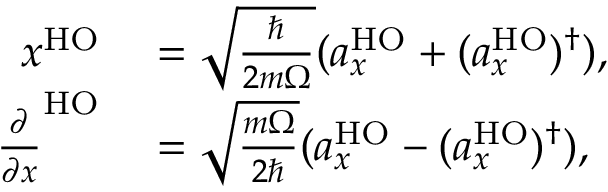
\begin{array} { r l } { x ^ { \mathrm { H O } } } & { { } = \sqrt { \frac { \hbar } { 2 m \Omega } } ( a _ { x } ^ { \mathrm { H O } } + ( a _ { x } ^ { \mathrm { H O } } ) ^ { \dag } ) , } \\ { \frac { \partial } { \partial x } ^ { \mathrm { H O } } } & { { } = \sqrt { \frac { m \Omega } { 2 \hbar } } ( a _ { x } ^ { \mathrm { H O } } - ( a _ { x } ^ { \mathrm { H O } } ) ^ { \dag } ) , } \end{array}